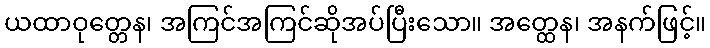
ယထာဝုတ္တေန၊ အကြင်အကြင်ဆိုအပ်ပြီးသော။ အတ္ထေန၊ အနက်ဖြင့်။